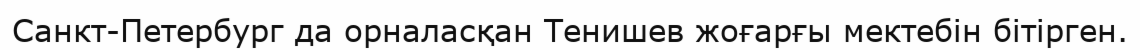
Санкт-Петербург да орналасқан Тенишев жоғарғы мектебін бітірген.